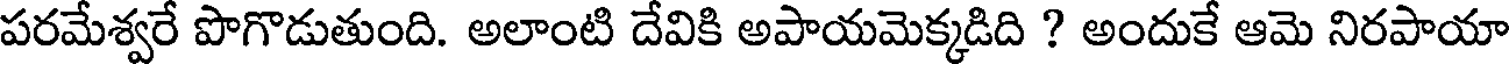
పరమేశ్వరే పొగొడుతుంది. అలాంటి దేవికి అపాయమెక్కడిది ? అందుకే ఆమె నిరపాయా